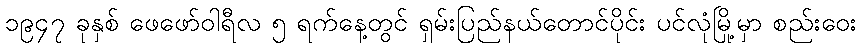
၁၉၄၇ ခုနှစ် ဖေဖော်ဝါရီလ ၅ ရက်နေ့တွင် ရှမ်းပြည်နယ်တောင်ပိုင်း ပင်လုံမြို့မှာ စည်းဝေး